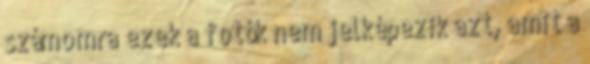
számomra ezek a fotók nem jelképezik azt, amit a